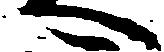
へ